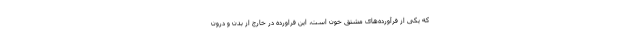
که یکی از فرآورده‌های مشتق خون است، این فراورده در خارج از بدن و درون